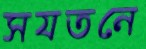
সযতনে